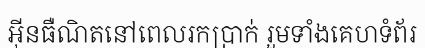
អ៊ីនធឺណិតនៅពេលរកប្រាក់ រួមទាំងគេហទំព័រ